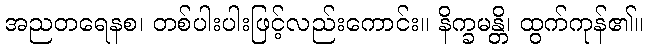
အညတရေနစ၊ တစ်ပါးပါးဖြင့်လည်းကောင်း။ နိက္ခမန္တိ၊ ထွက်ကုန်၏။